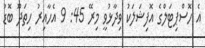
އެ ހޮސްޕިޓަލްގެ އޮފިޝަލަކު ވިދާޅުވީ މިރޭ 45: 9 އެހާއިރު ހިތަދޫ ބޮޑު